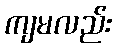
ကျမလည်း